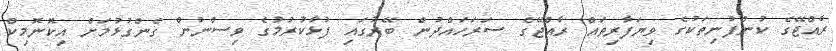
ރާއްޖޭގެ ކުންފުނިތަކުގެ ވިޔަފާރިތައް ރާއްޖޭގެ ސަރަހައްދުން ބޭރުގައި ފުޅާކުރުމުގެ ވިސްނުން ގެންގުޅުމަށް އިކޮނޮމިކް